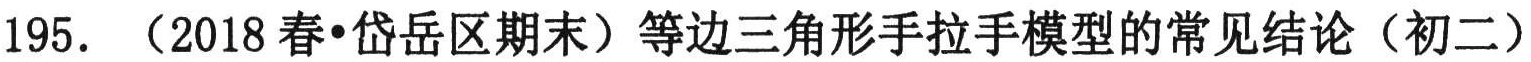
195. （2018春•岱岳区期末）等边三角形手拉手模型的常见结论（初二）